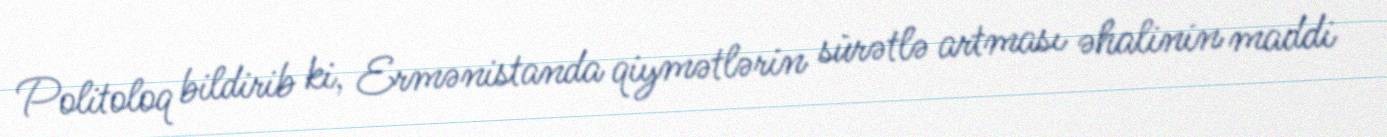
Politoloq bildirib ki, Ermənistanda qiymətlərin sürətlə artması əhalinin maddi